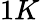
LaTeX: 1K